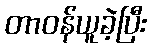
တာဝန်ယူခဲ့ပြီး